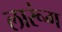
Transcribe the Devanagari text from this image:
लारूंग